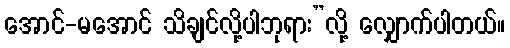
အောင်-မအောင် သိချင်လို့ပါဘုရား”လို့ လျှောက်ပါတယ်။